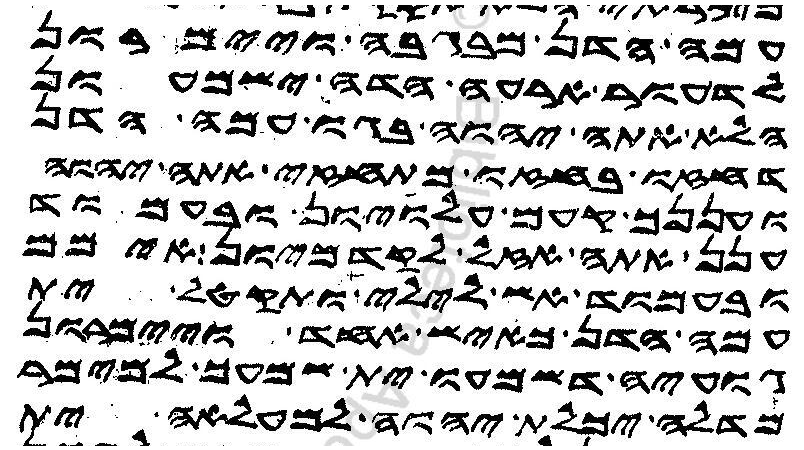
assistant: עמה הדן מבגבה ויימרון
לדעור ארעה הדה וישמעון
הלא אתה יהוה בגו עמה הדן
דחזו בחזו מתחזי אתה יהוה
ועננך קעם עלויון ובעמוד
ענן אתה אזל לקדמיון אימם
ובעמוד אש לילי ותקטל ית
עמה הדן כאיש אחד ויימרון
גועיה דשמעו ית שמעך למימר
מדלה יכלת יהוה למעלאה ית